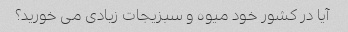
آیا در کشور خود میوه و سبزیجات زیادی می خورید؟